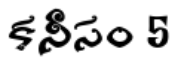
కనీసం 5